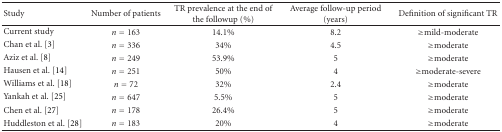
| Study | Number of patients | TR prevalence at the end of the followup (%) | Average follow-up period (years) | Definition of significant TR |
 | --- | --- | --- | --- | --- |
 | Current study | n = 163 | 14.1% | 8.2 | ≥mild-moderate |
 | Chan et al. [3] | n = 336 | 34% | 4.5 | ≥moderate |
 | Aziz et al. [8] | n = 249 | 53.9% | 5 | ≥moderate |
 | Hausen et al. [14] | n = 251 | 50% | 4 | ≥moderate-severe |
 | Williams et al. [18] | n = 72 | 32% | 2.4 | ≥moderate |
 | Yankah et al. [25] | n = 647 | 5.5% | 5 | ≥moderate |
 | Chen et al. [27] | n = 178 | 26.4% | 5 | ≥moderate |
 | Huddleston et al. [28] | n = 183 | 20% | 4 | ≥moderate |